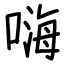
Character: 嗨